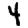
Digit: 4